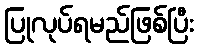
ပြုလုပ်ရမည်ဖြစ်ပြီး